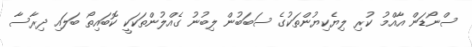
ސްނޯޑަން އާއްމު ކުރި ލިޔެކިޔުންތަކުގެ ސަބަބުން ލިބުނު ގެއްލުންތަކަކީ ކޮބައިތޯ ބަލައި ދިރާސާ